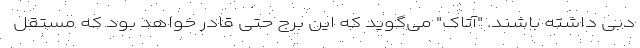
دبی داشته باشند. "آتاک" می‌گوید که این برج حتی قادر خواهد بود که مستقل